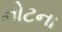
નોટના